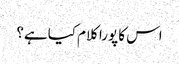
اس کا پورا کلام کیا ہے؟